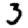
Digit: 3